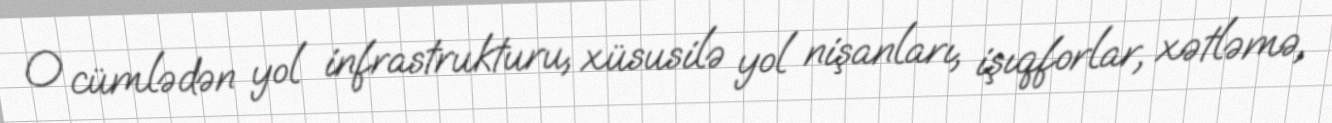
O cümlədən yol infrastrukturu, xüsusilə yol nişanları, işıqforlar, xətləmə,